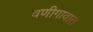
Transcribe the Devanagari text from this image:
वणीगावात